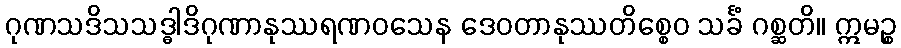
ဂုဏသဒိသသဒ္ဓါဒိဂုဏာနုဿရဏဝသေန ဒေဝတာနုဿတိစ္စေဝ သင်္ခံ ဂစ္ဆတိ။ ဣမဉ္စ